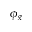
\phi _ { g }